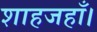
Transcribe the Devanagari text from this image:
शाहजहाँ।